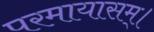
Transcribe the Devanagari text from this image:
परमायासम्‌।